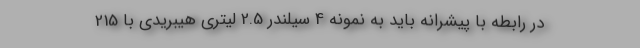
در رابطه با پیشرانه باید به نمونه 4 سیلندر 2.5 لیتری هیبریدی با 215